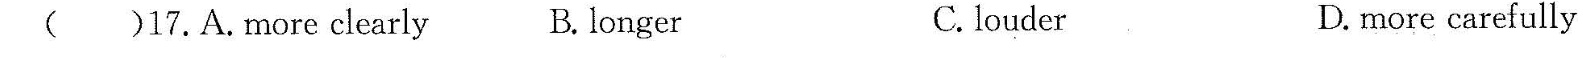
( )16.A.decisions